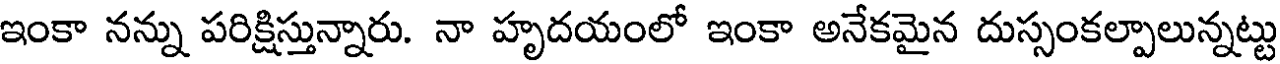
ఇంకా నన్ను పరిక్షిస్తున్నారు. నా హృదయంలో ఇంకా అనేకమైన దుస్సంకల్పాలున్నట్టు